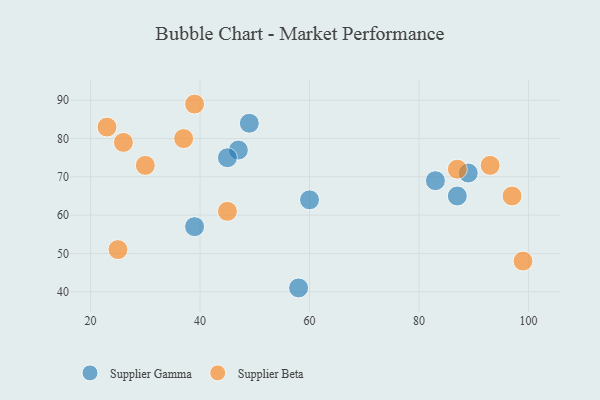
{"axis": {"x": "GDP", "y": "Life Expectancy"}, "legend": ["Supplier Beta", "Supplier Gamma"], "data": [{"x": "60", "y": 64, "type": "Supplier Gamma"}, {"x": "39", "y": 57, "type": "Supplier Gamma"}, {"x": "87", "y": 65, "type": "Supplier Gamma"}, {"x": "89", "y": 71, "type": "Supplier Gamma"}, {"x": "47", "y": 77, "type": "Supplier Gamma"}, {"x": "58", "y": 41, "type": "Supplier Gamma"}, {"x": "49", "y": 84, "type": "Supplier Gamma"}, {"x": "83", "y": 69, "type": "Supplier Gamma"}, {"x": "45", "y": 75, "type": "Supplier Gamma"}, {"x": "45", "y": 61, "type": "Supplier Beta"}, {"x": "25", "y": 51, "type": "Supplier Beta"}, {"x": "99", "y": 48, "type": "Supplier Beta"}, {"x": "93", "y": 73, "type": "Supplier Beta"}, {"x": "23", "y": 83, "type": "Supplier Beta"}, {"x": "30", "y": 73, "type": "Supplier Beta"}, {"x": "97", "y": 65, "type": "Supplier Beta"}, {"x": "87", "y": 72, "type": "Supplier Beta"}, {"x": "39", "y": 89, "type": "Supplier Beta"}, {"x": "26", "y": 79, "type": "Supplier Beta"}, {"x": "37", "y": 80, "type": "Supplier Beta"}]}